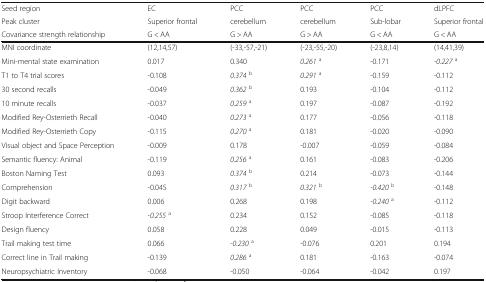
| Seed region | EC | PCC | PCC | PCC | dLPFC |
 | Peak cluster | Superior frontal | cerebellum | cerebellum | Sub-lobar | Superior frontal |
 | Covariance strength relationship | G < AA | G > AA | G > AA | G < AA | G < AA |
 | --- | --- | --- | --- | --- | --- |
 | MNI coordinate | (12,14,57) | (-33,-57,-21) | (-23,-55,-20) | (-23,8,14) | (14,41,39) |
 | Mini-mental state examination | 0.017 | 0.340 | 0.261a | -0.171 | -0.227a |
 | T1 to T4 trial scores | -0.108 | 0.374b | 0.291a | -0.159 | -0.112 |
 | 30 second recalls | -0.049 | 0.362b | 0.193 | -0.104 | -0.112 |
 | 10 minute recalls | -0.037 | 0.259a | 0.197 | -0.087 | -0.192 |
 | Modified Rey-Osterrieth Recall | -0.040 | 0.273a | 0.177 | -0.056 | -0.118 |
 | Modified Rey-Osterrieth Copy | -0.115 | 0.270a | 0.181 | -0.020 | -0.090 |
 | Visual object and Space Perception | -0.009 | 0.178 | -0.007 | -0.059 | -0.084 |
 | Semantic fluency: Animal | -0.119 | 0.256a | 0.161 | -0.083 | -0.206 |
 | Boston Naming Test | 0.093 | 0.374b | 0.214 | -0.073 | -0.144 |
 | Comprehension | -0.045 | 0.317b | 0.321b | -0.420b | -0.148 |
 | Digit backward | 0.006 | 0.268 | 0.198 | -0.240a | -0.112 |
 | Stroop Interference Correct | -0.255a | 0.234 | 0.152 | -0.085 | -0.118 |
 | Design fluency | 0.058 | 0.228 | 0.049 | -0.015 | -0.113 |
 | Trail making test time | 0.066 | -0.230a | -0.076 | 0.201 | 0.194 |
 | Correct line in Trail making | -0.139 | 0.286a | 0.181 | -0.163 | -0.074 |
 | Neuropsychiatric Inventory | -0.068 | -0.050 | -0.064 | -0.042 | 0.197 |